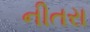
નીતરા